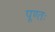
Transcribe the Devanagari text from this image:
पूण्तः